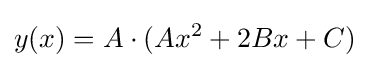
y(x)=A\cdot (Ax^{2}+2Bx+C)